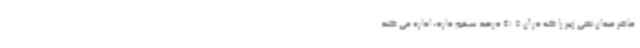
حاضر میدان نفتی زبیر را که در آن 41.5 درصد سهم دارد، اداره می کند.